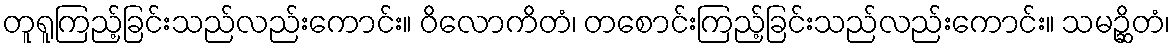
တူရူကြည့်ခြင်းသည်လည်းကောင်း။ ဝိလောကိတံ၊ တစောင်းကြည့်ခြင်းသည်လည်းကောင်း။ သမဉ္ဆိတံ၊